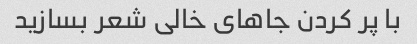
با پر کردن جاهای خالی شعر بسازید